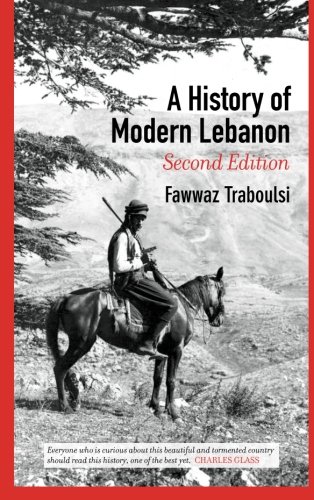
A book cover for A History of Modern Lebanon; Fawwaz Traboulsi; History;